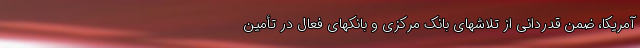
آمریکا، ضمن قدردانی از تلاشهای بانک مرکزی و بانکهای فعال در تأمین